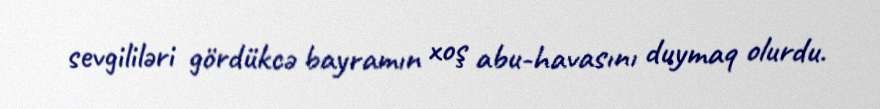
sevgililəri gördükcə bayramın xoş abu-havasını duymaq olurdu.